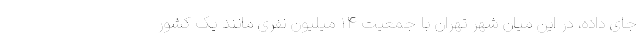
جای داده، در این میان شهر تهران با جمعیت ۱۴ میلیون نفری مانند یک کشور